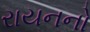
રાયનનો